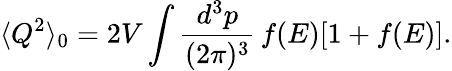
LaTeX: \langle Q^{2}\rangle_{0}=2V\int{\frac{d^{3}p}{(2\pi)^{3}}}\, f(E)[1+f(E)].